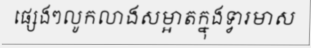
ផ្សេងៗលូកលាងសម្អាតក្នុងទ្វារមាស